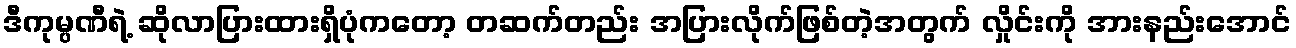
ဒီကုမ္ပဏီရဲ့ ဆိုလာပြားထားရှိပုံကတော့ တဆက်တည်း အပြားလိုက်ဖြစ်တဲ့အတွက် လှိုင်းကို အားနည်းအောင်